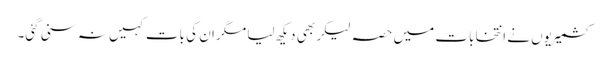
کشمیریوں نے انتخابات میں حصہ لیکر بھی دیکھ لیا مگر ان کی بات کہیں نہ سنی گئی۔